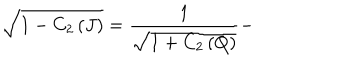
LaTeX: \sqrt { 1 - C _ { 2 } \left( J \right) } = \frac { 1 } { \sqrt { 1 + C _ { 2 } \left( Q \right) } } -